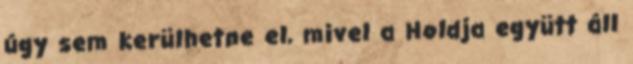
úgy sem kerülhetne el, mivel a Holdja együtt áll